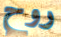
روح